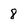
Character: 8